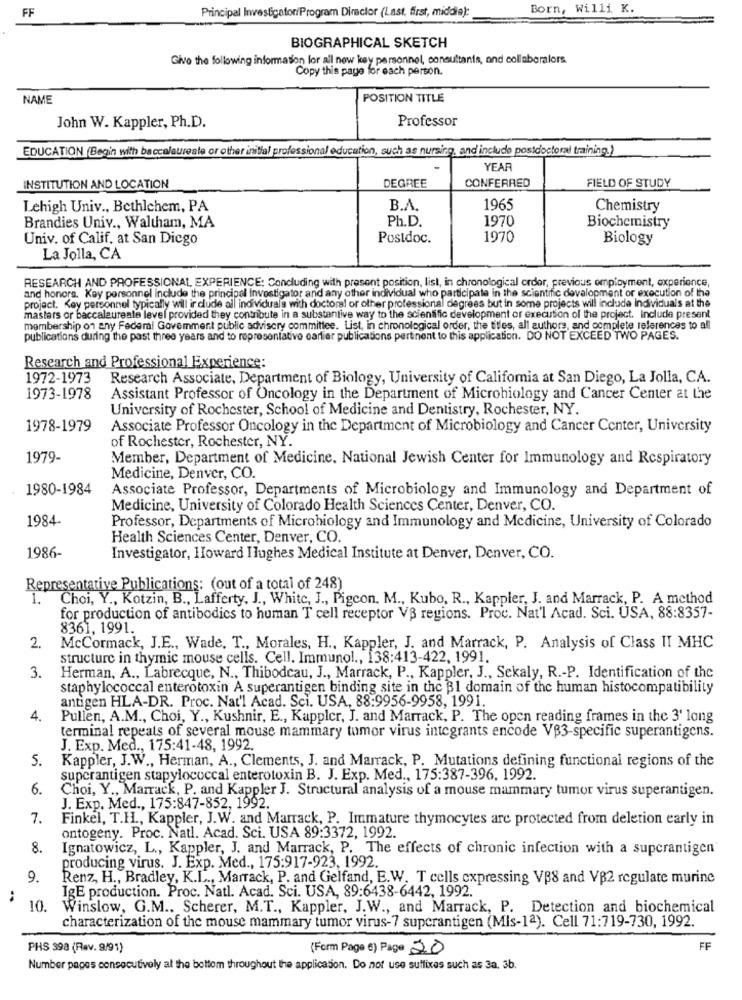
FF
Principal Investigator/Program Director (Last, first, middia):
Born, Willi K.
BIOGRAPHICAL SKETCH
Give the following information for all new key personnel, consultants, and collaboralors
Copy this page for each person.
NAME
POSITION TITLE
Professor
John W. Kappler, Ph.D.
EDUCATION (Begin with baccalaureate or other initial professional education, such as nursing, and include postdoctoral training.)
YEAR
DEGREE
CONFERRED
INSTITUTION AND LOCATION
FIELD OF STUDY
Lehigh Univ ., Bethlehem, PA
B.A.
1965
Chemistry
Ph.D.
1970
Brandies Univ ., Waltham, MA
Biochemistry
Univ. of Calif, at San Diego
Postdoc.
1970
Biology
La Jolla, CA
RESEARCH AND PROFESSIONAL EXPERIENCE: Concluding with present position, list, in chronological order, previous employment, experience,
and honors. Key personnel include the principal Investigator and any other individual who participate in the scientific development or execution of the
project. Key personnel typically will include all individuals with doctoral or other professional degrees but in some projects will include individuals at the
masters or baccalaureate level provided they contribute in a substantive way to the scientific development of execution of the project. Include present
membership on any Federal Govemment public advisory committee. List, in chronological order, the titles, all authors, and complete references to all
publications during the past three years and to representative carlier publications pertinent to this application. DO NOT EXCEED TWO PAGES.
Research and Professional Experience:
1972-1973
Research Associate, Department of Biology, University of California at San Diego, La Jolla, CA.
1973-1978
Assistant Professor of Oncology in the Department of Microbiology and Cancer Center at the
University of Rochester, School of Medicine and Dentistry, Rochester, NY.
1978-1979
Associate Professor Oncology in the Department of Microbiology and Cancer Center, University
of Rochester, Rochester, NY.
1979-
Member, Department of Medicine. National Jewish Center for Immunology and Respiratory
Medicine, Denver, CO.
1980-1984
Associate Professor, Departments of Microbiology and Immunology and Department of
Medicine, University of Colorado Health Sciences Center, Denver, CO.
1984.
Professor, Departments of Microbiology and Immunology and Medicine, University of Colorado
Health Sciences Center, Denver, CO.
1986-
Investigator, Howard Hughes Medical Institute at Denver, Denver, CO.
Representative Publications: (out of a total of 248)
1. Choi, Y ., Kotzin, B ., Lafferty, J ., White, J ., Pigcon. M ., Kubo, R ., Kappler, J. and Marrack, P. A method
for production of antibodies to human T cell receptor VS regions. Proc. Nat'l Acad. Sci. USA, 88:8357-
8361, 1991.
2.
McCormack, J.E ., Wade, T ., Morales, H ., Kappler, J. and Marrack, P. Analysis of Class II MHC
structure in thymic mouse cells. Cell. Immunol ., 138:413-422, 1991.
3.
Herman, A ., Labrecque, N ., Thibodeau, J ., Marrack, P ., Kappler, J ., Sekaly, R .- P. Identification of the
staphylococcal enterotoxin A superantigen binding site in the B1 domain of the human histocompatibility
antigen HLA-DR. Proc. Nat'l Acad. Sci. USA, 88:9956-9958, 1991.
4.
Pullen, A.M ., Choi, Y ., Kushnir, E ., Kappler, J. and Marrack, P. The open reading frames in the 3' long
terminal repeats of several mouse mammary tumor virus integrants encode VB3-specific superantigens.
J. Exp. Med ., 175:41-48, 1992.
5. Kappler, J.W ., Herman, A ., Clements, J. and Marrack, P. Mutations defining functional regions of the
superantigen stapylococcal enterotoxin B. J. Exp. Med ., 175:387-396, 1992.
6.
Choi, Y ., Marrack, P. and Kappler J. Structural analysis of a mouse mammary tumor virus superantigen.
J. Exp. Med ., 175:847-852, 1992.
7.
Finkel, T.H ., Kappler, J.W. and Marrack, P. Immature thymocytes are protected from deletion early in
ontogeny. Proc. Natl. Acad. Sci. USA 89:3372, 1992.
8.
Ignatowicz, L ., Kappler, J. and Marrack, P. The effects of chronic infection with a superantigen
producing virus. J. Exp. Med ., 175:917-923, 1992.
9.
Renz, H ., Bradley, K.L ., Marrack, P. and Gelfand, E.W. T cells expressing VB8 and VB2 regulate murine
IgE production. Proc. Natl. Acad. Sci. USA, 89:6438-6442, 1992.
:
10.
Winslow, G.M ., Scherer, M.T ., Kappler, J.W ., and Marrack, P. Detection and biochemical
characterization of the mouse mammary tumor virus-7 superantigen (Mis-1ª). Cell 71:719-730, 1992.
PHS 398 (Rev. 9/91)
(Form Page €) Page 20
FF
Number pages consecutively at the bottom throughout the application. Do not use suffixes such as 3a, 3b.